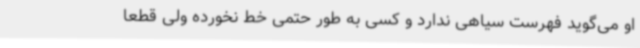
او می‌گوید فهرست سیاهی ندارد و کسی به‌ طور حتمی خط نخورده‌ ولی قطعا